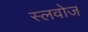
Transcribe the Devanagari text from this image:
स्लवोज